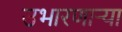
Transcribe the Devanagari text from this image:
उभारणार्‍या